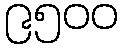
၉၅၀၀